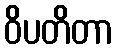
ဝိပတိတာ